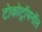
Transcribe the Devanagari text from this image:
टोकोट्रॉयनॉल